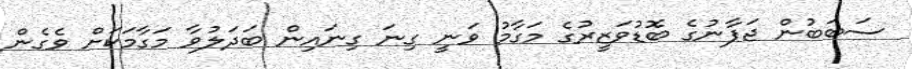
ސަބަބުން ޖަޕާނުގެ ބޮޑުވަޒީރުގެ މަގާމު ވަނީ ގިނަ ގިނައިން ބަދަލުވާ މަގާމަކަށް ވެގެން